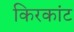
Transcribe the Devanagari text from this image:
किरकांट